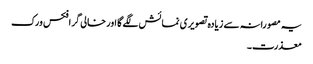
یہ مصورانہ سے زیادہ تصویری نمائش لگے گا اور خالی گرافکس ورک
معذرت۔